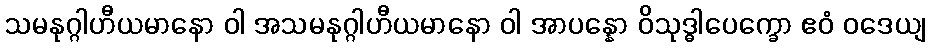
သမနုဂ္ဂါဟီယမာနော ဝါ အသမနုဂ္ဂါဟီယမာနော ဝါ အာပန္နော ဝိသုဒ္ဓါပေက္ခော ဧဝံ ဝဒေယျ